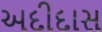
અદીદાસ